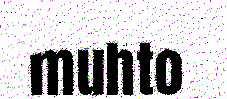
muhto